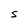
Character: S